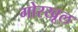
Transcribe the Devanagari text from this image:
गोरखूल